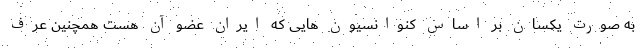
به صورت یکسان بر اساس کنوانسیون هایی که ایران عضو آن هست همچنین عرف